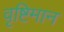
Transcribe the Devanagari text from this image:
वृष्टिमान